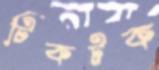
টিকটক